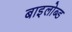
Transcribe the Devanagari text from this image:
बाइलोब्ड